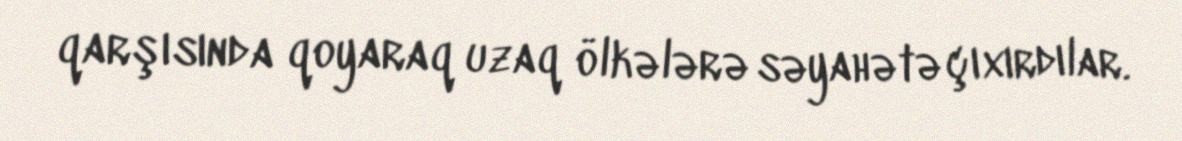
qarşısında qoyaraq uzaq ölkələrə səyahətə çıxırdılar.